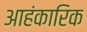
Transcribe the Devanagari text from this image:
आहंकारिक